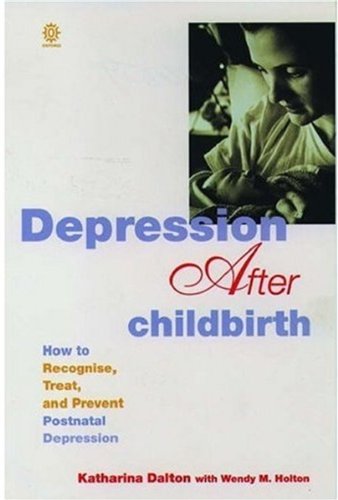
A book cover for Depression After Childbirth: How to Recognise, Treat, and Prevent Postnatal Depression; Katharina Dalton; Health, Fitness & Dieting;